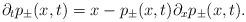
LaTeX: \begin{align*}\partial_t p_{\pm}(x,t) = x - p_\pm(x,t) \partial_x p_\pm(x,t).\end{align*}